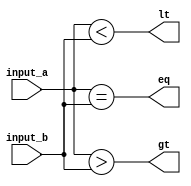
module comparator_64bit (
    input [63:0] input_a,
    input [63:0] input_b,
    output wire eq, // equal (output 1 if input_a is equal to input_b)
    output wire gt, // greater than (output 1 if input_a is greater than input_b)
    output wire lt // less than (output 1 if input_a is less than input_b)
);

assign eq = (input_a == input_b);
assign gt = (input_a > input_b);
assign lt = (input_a < input_b);

endmodule